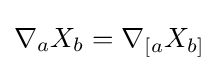
\nabla _{a}X_{b}=\nabla _{[a}X_{b]}